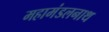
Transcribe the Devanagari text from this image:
महामंडलनाथ